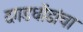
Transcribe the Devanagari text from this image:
दगडधोंडांचा